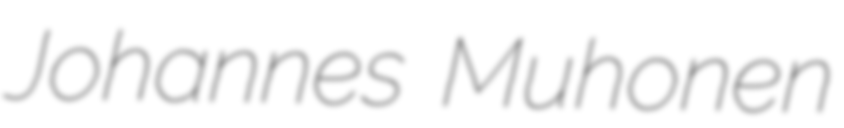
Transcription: Johannes Muhonen